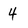
Character: 4